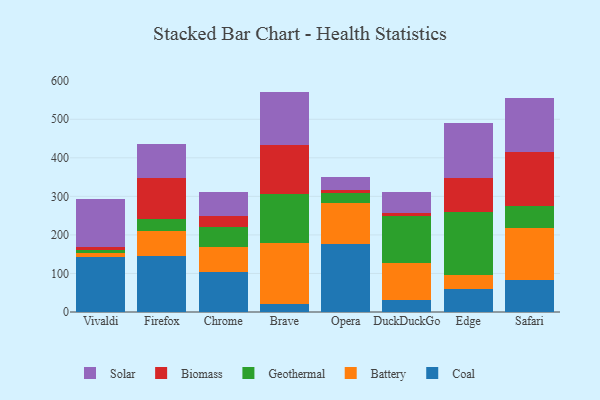
{"axis": {"x": "Browser", "y": "Waste Production (Tons)"}, "legend": ["Battery", "Biomass", "Coal", "Geothermal", "Solar"], "data": [{"x": "Vivaldi", "y": 142.1, "type": "Coal"}, {"x": "Vivaldi", "y": 10.8, "type": "Battery"}, {"x": "Vivaldi", "y": 7.0, "type": "Geothermal"}, {"x": "Vivaldi", "y": 8.1, "type": "Biomass"}, {"x": "Vivaldi", "y": 124.5, "type": "Solar"}, {"x": "Firefox", "y": 144.5, "type": "Coal"}, {"x": "Firefox", "y": 65.2, "type": "Battery"}, {"x": "Firefox", "y": 32.7, "type": "Geothermal"}, {"x": "Firefox", "y": 104.2, "type": "Biomass"}, {"x": "Firefox", "y": 90.2, "type": "Solar"}, {"x": "Chrome", "y": 102.8, "type": "Coal"}, {"x": "Chrome", "y": 66.4, "type": "Battery"}, {"x": "Chrome", "y": 51.8, "type": "Geothermal"}, {"x": "Chrome", "y": 27.6, "type": "Biomass"}, {"x": "Chrome", "y": 61.7, "type": "Solar"}, {"x": "Brave", "y": 20.8, "type": "Coal"}, {"x": "Brave", "y": 157.4, "type": "Battery"}, {"x": "Brave", "y": 127.9, "type": "Geothermal"}, {"x": "Brave", "y": 126.6, "type": "Biomass"}, {"x": "Brave", "y": 139.1, "type": "Solar"}, {"x": "Opera", "y": 176.3, "type": "Coal"}, {"x": "Opera", "y": 106.2, "type": "Battery"}, {"x": "Opera", "y": 26.7, "type": "Geothermal"}, {"x": "Opera", "y": 7.5, "type": "Biomass"}, {"x": "Opera", "y": 33.0, "type": "Solar"}, {"x": "DuckDuckGo", "y": 30.5, "type": "Coal"}, {"x": "DuckDuckGo", "y": 96.2, "type": "Battery"}, {"x": "DuckDuckGo", "y": 121.5, "type": "Geothermal"}, {"x": "DuckDuckGo", "y": 9.5, "type": "Biomass"}, {"x": "DuckDuckGo", "y": 52.4, "type": "Solar"}, {"x": "Edge", "y": 58.6, "type": "Coal"}, {"x": "Edge", "y": 36.7, "type": "Battery"}, {"x": "Edge", "y": 164.2, "type": "Geothermal"}, {"x": "Edge", "y": 89.2, "type": "Biomass"}, {"x": "Edge", "y": 141.8, "type": "Solar"}, {"x": "Safari", "y": 83.3, "type": "Coal"}, {"x": "Safari", "y": 135.1, "type": "Battery"}, {"x": "Safari", "y": 57.2, "type": "Geothermal"}, {"x": "Safari", "y": 139.5, "type": "Biomass"}, {"x": "Safari", "y": 139.1, "type": "Solar"}]}